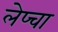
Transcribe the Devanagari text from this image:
लेप्‍चा